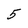
Character: 5